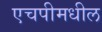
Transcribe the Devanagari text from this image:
एचपीमधील